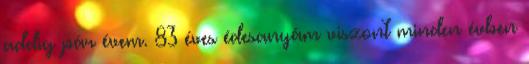
addig pár évem. 83 éves édesanyám viszont minden évben